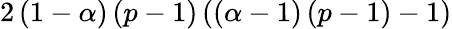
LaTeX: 2\left(1-\alpha\right)\left(p-1\right)\left(\left(\alpha-1\right)\left(p-1\right)-1\right)